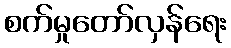
စက်မှုတော်လှန်ရေး